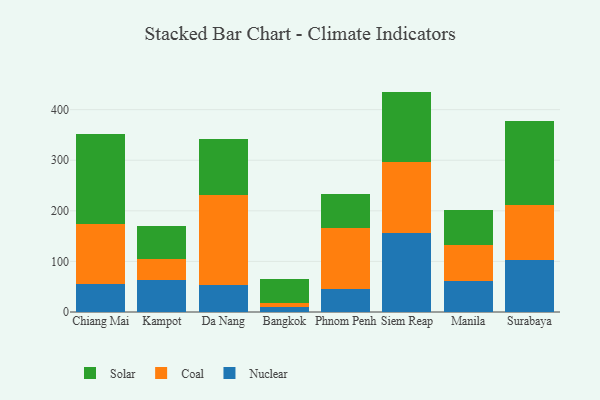
{"axis": {"x": "City", "y": "LTV (USD)"}, "legend": ["Coal", "Nuclear", "Solar"], "data": [{"x": "Chiang Mai", "y": 55.0, "type": "Nuclear"}, {"x": "Chiang Mai", "y": 118.3, "type": "Coal"}, {"x": "Chiang Mai", "y": 177.9, "type": "Solar"}, {"x": "Kampot", "y": 62.8, "type": "Nuclear"}, {"x": "Kampot", "y": 42.6, "type": "Coal"}, {"x": "Kampot", "y": 65.4, "type": "Solar"}, {"x": "Da Nang", "y": 53.5, "type": "Nuclear"}, {"x": "Da Nang", "y": 178.1, "type": "Coal"}, {"x": "Da Nang", "y": 110.8, "type": "Solar"}, {"x": "Bangkok", "y": 10.7, "type": "Nuclear"}, {"x": "Bangkok", "y": 6.3, "type": "Coal"}, {"x": "Bangkok", "y": 48.3, "type": "Solar"}, {"x": "Phnom Penh", "y": 45.1, "type": "Nuclear"}, {"x": "Phnom Penh", "y": 120.4, "type": "Coal"}, {"x": "Phnom Penh", "y": 67.3, "type": "Solar"}, {"x": "Siem Reap", "y": 155.6, "type": "Nuclear"}, {"x": "Siem Reap", "y": 140.6, "type": "Coal"}, {"x": "Siem Reap", "y": 139.5, "type": "Solar"}, {"x": "Manila", "y": 61.4, "type": "Nuclear"}, {"x": "Manila", "y": 71.4, "type": "Coal"}, {"x": "Manila", "y": 68.0, "type": "Solar"}, {"x": "Surabaya", "y": 101.9, "type": "Nuclear"}, {"x": "Surabaya", "y": 108.8, "type": "Coal"}, {"x": "Surabaya", "y": 166.7, "type": "Solar"}]}